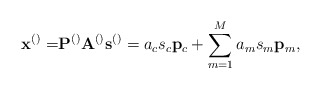
\begin{align*}\mathbf{x}^{\left(\right)}=&\mathbf{P}^{\left(\right)}\mathbf{A}^{\left(\right)}\mathbf{s}^{\left(\right)}=a_c s_c \mathbf{p}_c+\sum_{m=1}^{M}a_m s_m \mathbf{p}_m, \end{align*}